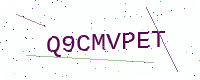
Text: Q9CMVPET